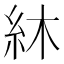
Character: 䊾